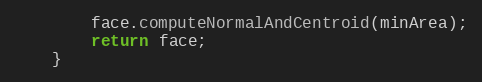
Language: Java
        face.computeNormalAndCentroid(minArea);
        return face;
    }